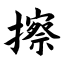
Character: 擦